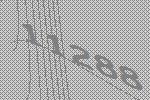
11288